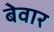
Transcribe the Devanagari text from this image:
बेवार